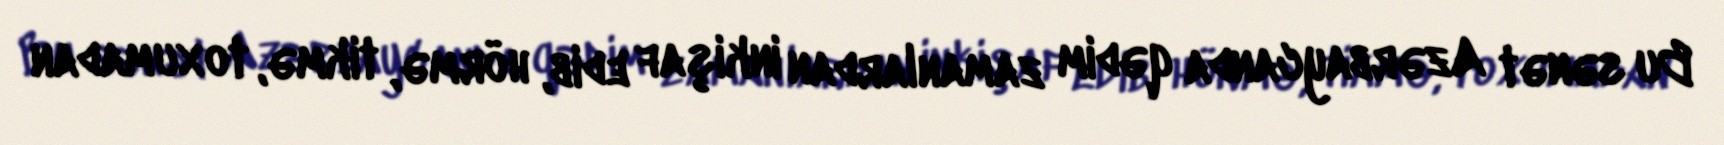
Bu sənət Azərbaycanda qədim zamanlardan inkişaf edib, hörmə, tikmə, toxumadan